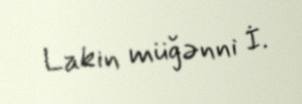
Lakin müğənni İ.